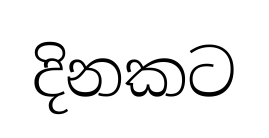
දිනකට